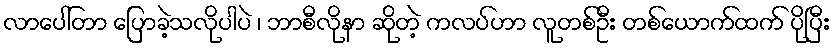
လာပေါ်တာ ပြောခဲ့သလိုပါပဲ ၊ ဘာစီလိုနာ ဆိုတဲ့ ကလပ်ဟာ လူတစ်ဦး တစ်ယောက်ထက် ပိုပြီး